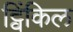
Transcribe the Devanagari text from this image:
ट्विंकिल